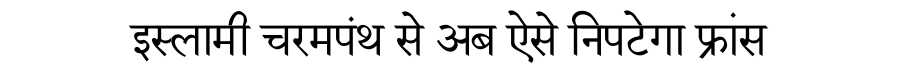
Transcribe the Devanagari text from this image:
इस्लामी चरमपंथ से अब ऐसे निपटेगा फ्रांस